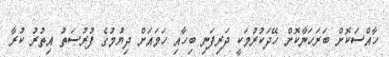
ހާއްސަކޮށް ބަރަހަނާކޮށް ހޭދަކުރުމަކީ ދަރިފަނި ބިހާއި ހަމައަށް ދިޔުމުގެ ފުރުޞަތު އިތުރު ކުރާ